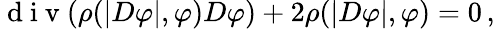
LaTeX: \begin{array}{r}{\mathrm{~d~i~v~}(\rho(|D\varphi|,\varphi)D\varphi)+2\rho(|D\varphi|,\varphi)=0\, ,}\end{array}